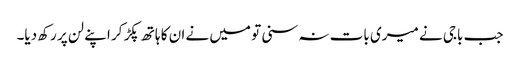
جب باجی نے میری بات نہ سنی تو میں نے ان کا ہاتھ پکڑ کر اپنے لن پر رکھ دیا۔